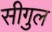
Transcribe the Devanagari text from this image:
सीगुल